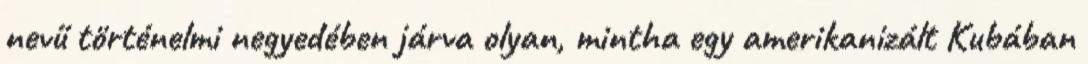
nevű történelmi negyedében járva olyan, mintha egy amerikanizált Kubában